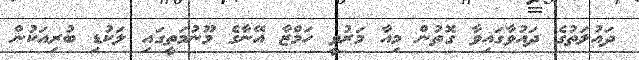
ދައުލަތުގެ ދައުވާގައިވާ ގޮތުން މިއާ މަރުވީ ހަމްޒާ އޭނާގެ މޫނުމަތީގައި ލަކުޑި ބުރިއަކުން